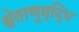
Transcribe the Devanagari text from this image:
श्वेताणुवृद्धि